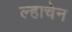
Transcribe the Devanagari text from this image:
ल्हाचेन